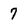
Character: 7